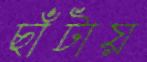
ছাঁটায়